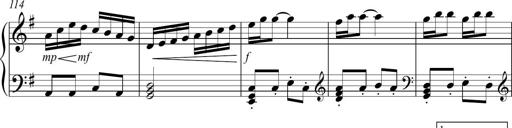
Title: Sonatina no. 2
Composer: Brian Henderson-Sellers
Key: G major